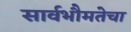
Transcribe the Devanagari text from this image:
सार्वभौमतेचा